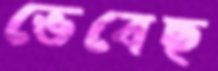
ভেবেছ